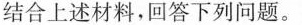
结合上述材料，回答下列问题。